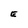
Character: E